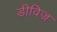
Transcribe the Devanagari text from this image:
डीविज्र